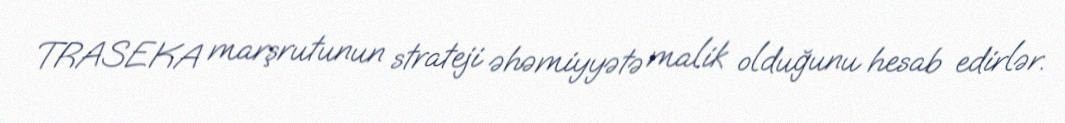
TRASEKA marşrutunun strateji əhəmiyyətə malik olduğunu hesab edirlər.